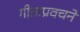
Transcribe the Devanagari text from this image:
गीताप्रवचने